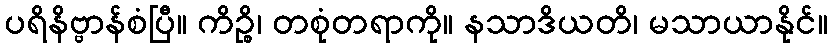
ပရိနိဗ္ဗာန်စံပြီ။ ကိဉ္စိ၊ တစုံတရာကို။ နသာဒိယတိ၊ မသာယာနိုင်။